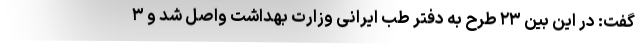
گفت: در این بین ۲۳ طرح به دفتر طب ایرانی وزارت بهداشت واصل شد و ۳